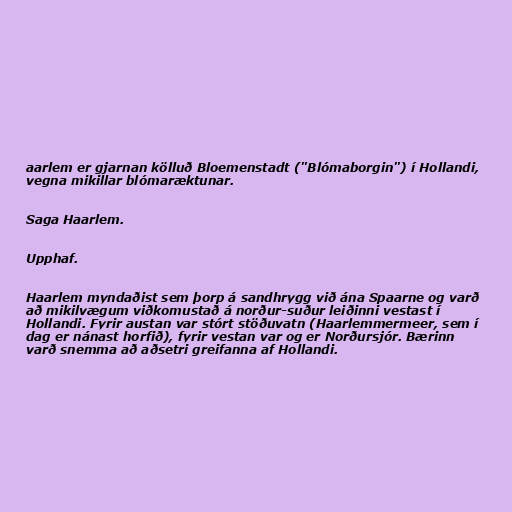
aarlem er gjarnan kölluð Bloemenstadt ("Blómaborgin") í Hollandi,
vegna mikillar blómaræktunar.

Saga Haarlem.

Upphaf.

Haarlem myndaðist sem þorp á sandhrygg við ána Spaarne og varð
að mikilvægum viðkomustað á norður-suður leiðinni vestast í
Hollandi. Fyrir austan var stórt stöðuvatn (Haarlemmermeer, sem í
dag er nánast horfið), fyrir vestan var og er Norðursjór. Bærinn
varð snemma að aðsetri greifanna af Hollandi.